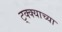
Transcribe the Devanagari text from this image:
ट्क्क्याच्या